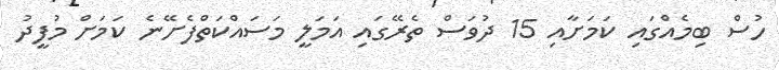
ހުސް ބިމެއްގައި ކަމަށާއި 15 ދުވަސް ތެރޭގައި އަމަލީ މަސައްކަތްފެށޭނެ ކަމަށް މުފީދު